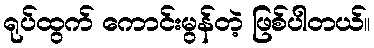
ရုပ်ထွက် ကောင်းမွန်တဲ့ ဖြစ်ပါတယ်။